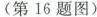
（第16题图）